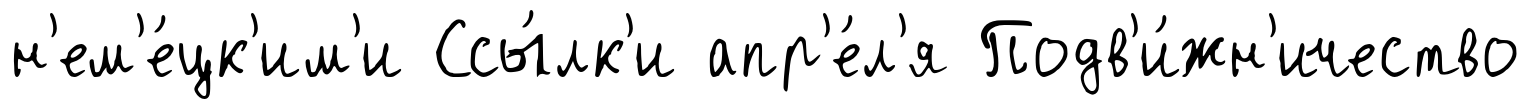
н'ем'е́цк'им'и Ссы́лк'и апр'е́л'я Подв'и́жн'ичество